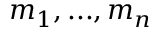
m _ { 1 } , . . . , m _ { n }